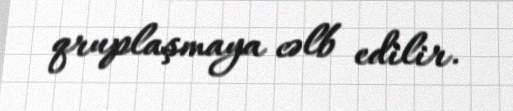
qruplaşmaya cəlb edilir.